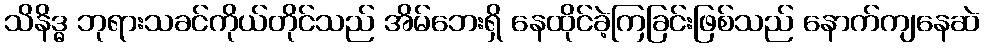
သိနိဒ္ဓ ဘုရားသခင်ကိုယ်တိုင်သည် အိမ်ဘေးရှိ နေထိုင်ခဲ့ကြခြင်းဖြစ်သည် နောက်ကျနေဆဲ